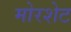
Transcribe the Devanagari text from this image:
मोरशेट